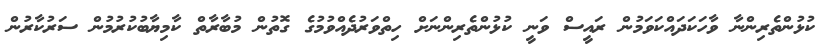
ކުޅުންތެރިންނާ ވާހަކަދައްކަވަމުން ރައީސް ވަނީ ކުޅުންތެރިންނަށް ހިތްވަރުދެއްވުމުގެ ގޮތުން މުބާރާތް ކާމިޔާބުކުރުމުން ސަރުކާރުން